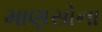
માણસોના